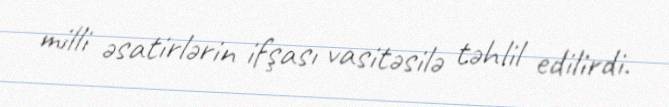
milli əsatirlərin ifşası vasitəsilə təhlil edilirdi.